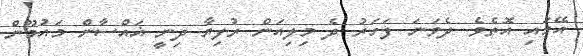
އޭގައި އޮތެވެ. ދެވަނަ ފަހަރު ދެ މިލިއަން ރުފިޔާ ދިނީ ޣައްސާން މައުމޫން